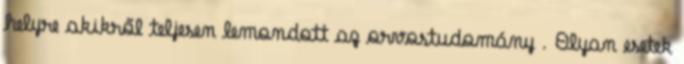
helyre akikről teljesen lemondott az orvostudomány . Olyan esetek